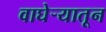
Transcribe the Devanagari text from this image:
वाघेऱ्यातून